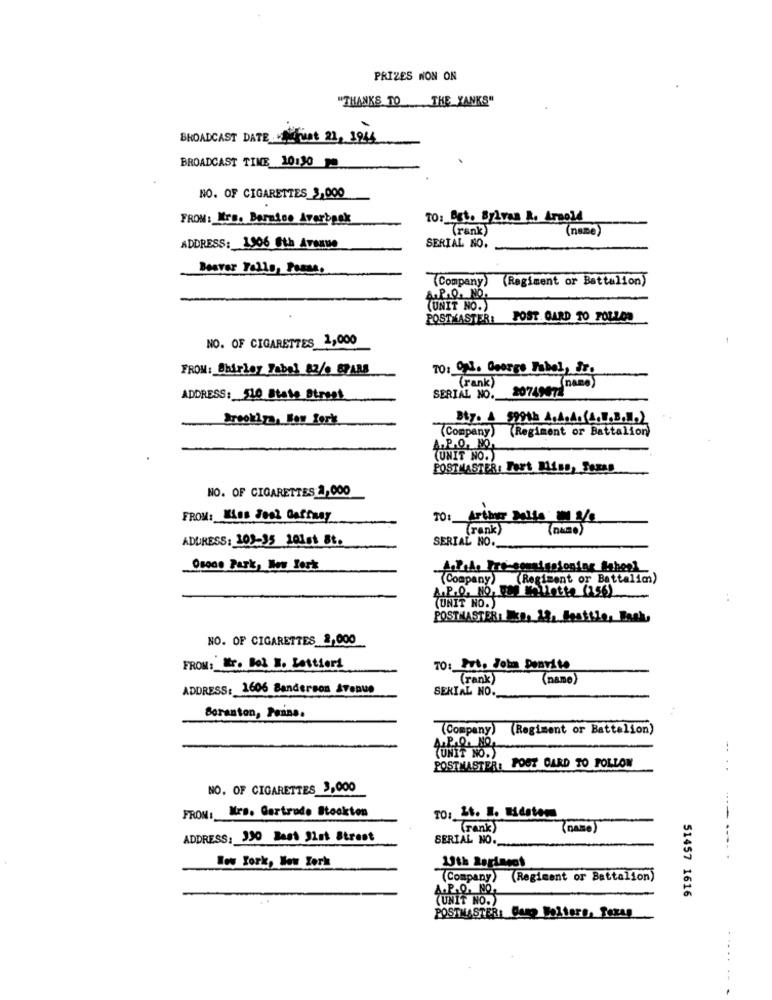
PRIZES NON ON
"THANKS TO THE YANKS"
BROADCAST DATE ist 21, 3964
BROADCAST TIME 10130
NO. OF CIGARETTES_3,000
FROM: Mira. Bernice Averbeck
TO: Bgt. Bylvan A. Arnold
(rank)
(name)
ADDRESS: 1906 6th Avenue
SERIAL NO.
Beaver Tells, Passa.
(Company) (Regiment or Battalion)
(UNIT NO.)
POSTKASTER:
POST CARD TO FOLLOW
NO. OF CIGARETTES 2,000
FROM: Shirley Fabel 82/0 87ABS
70: 01. Georgs Fabel, Jr.
(rank)
20749472"
(name)
ADDRESS: 510 State Street
SERIAL NO.
Brooklyn, New York
Bty. A 599th A.A.A. (A.W.B.].)
(Company) (Regiment or Battalion)
A.P.O. MO
(UNIT NO.
POSTMASTER: Fort Miss, Texas
NO. OF CIGARETTES 2,000
FROM: Kiss Fool Gaffney
Artner Dalla 1 2/8
(rank)
ADDRESS: 103-35 101st St.
SERIAL NO ._
Osone Park, New York
"(Company) (Regiment or Battalim)
A.P.O. NO. .. Thllotta (156)
(UNIT NO.)
. .
POSTMASTER: 30. 13. Iattle, Bask,
NO. OF CIGARETTES &,000
FROM: Wr. Bol W. Lettieri
TO: Put, Joka Donvito
( rank)
(name)
ADDRESS: 1606 Banderson Avenue
SERIAL NO.
Boranton, Panna.
(Company) (Regiment or Battalion)
A.P.O. NO.
POSTMASTER: POST CARD TO FOLLOW
(UNIT NO.)
NO. OF CIGARETTES 3,000
FROM: Mrs. Gertrude Stockton
(rank)
(name)
ADDRESS: 130 Bast 3lat Strest
SERIAL NO.
New York, New York
13th Reringet
(Company) (Regiment or Battalion)
51457 1616
(UNIT NO.)
POSTMASTER: Cump Wolters, Texas